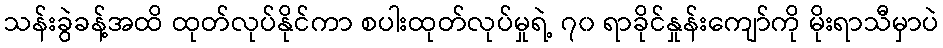
သန်းခွဲခန့်အထိ ထုတ်လုပ်နိုင်ကာ စပါးထုတ်လုပ်မှုရဲ့ ၇၀ ရာခိုင်နှုန်းကျော်ကို မိုးရာသီမှာပဲ